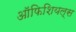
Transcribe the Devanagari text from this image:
ऑफिशियल्स